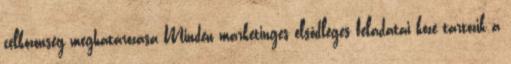
célközönség meghatározása Minden marketinges elsődleges feladatai közé tartozik a